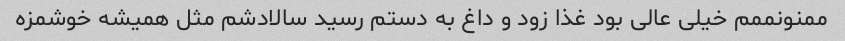
ممنونممم خیلی عالی بود غذا زود و داغ به دستم رسید سالادشم مثل همیشه خوشمزه